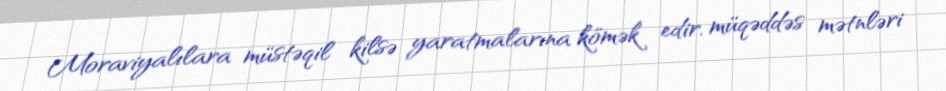
Moraviyalılara müstəqil kilsə yaratmalarına kömək edir, müqəddəs mətnləri